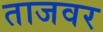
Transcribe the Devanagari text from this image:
ताजवर